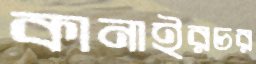
কানাইরচর